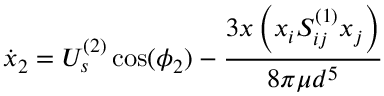
\dot { x } _ { 2 } = U _ { s } ^ { ( 2 ) } \cos ( \phi _ { 2 } ) - \frac { 3 x \left( x _ { i } S _ { i j } ^ { ( 1 ) } x _ { j } \right) } { 8 \pi \mu d ^ { 5 } }